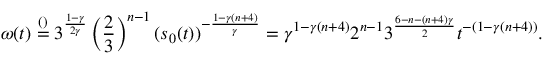
\omega ( t ) \stackrel { ( ) } = 3 ^ { \frac { 1 - \gamma } { 2 \gamma } } \left( \frac 2 3 \right) ^ { n - 1 } ( s _ { 0 } ( t ) ) ^ { - \frac { 1 - \gamma ( n + 4 ) } { \gamma } } = \gamma ^ { 1 - \gamma ( n + 4 ) } 2 ^ { n - 1 } 3 ^ { \frac { 6 - n - ( n + 4 ) \gamma } { 2 } } t ^ { - ( 1 - \gamma ( n + 4 ) ) } .